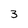
Character: 3